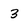
Character: 3